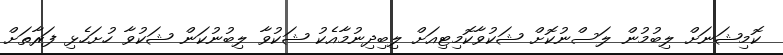
ކޮމިޝަނަށް ލިބުމުން ލަސްނުކޮށް ޝަކުވާކޮމިޓިއަށް ލިބިދިނުމާއެކު ޝަކުވާ ލިބުނުކަން ޝަކުވާ ހުށަހެޅި ފަރާތަށް